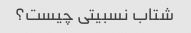
شتاب نسبیتی چیست؟